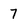
Character: 7